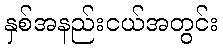
နှစ်အနည်းငယ်အတွင်း